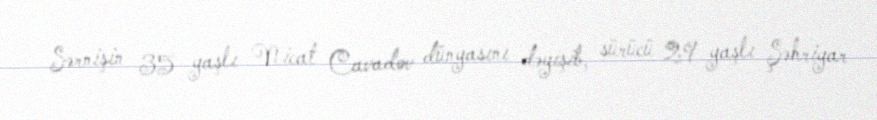
Sərnişin 35 yaşlı Nicat Cavadov dünyasını dəyişib, sürücü 29 yaşlı Şəhriyar